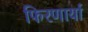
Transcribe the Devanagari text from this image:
फिरणार्या